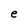
Character: e